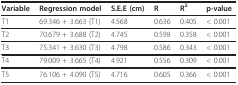
| Variable | Regression model | S.E.E (cm) | R | R2 | p-value |
 | --- | --- | --- | --- | --- | --- |
 | T1 | 69.346 + 3.663 (T1) | 4.568 | 0.636 | 0.405 | < 0.001 |
 | T2 | 70.679 + 3.688 (T2) | 4.745 | 0.598 | 0.358 | < 0.001 |
 | T3 | 75.341 + 3.630 (T3) | 4.798 | 0.586 | 0.343 | < 0.001 |
 | T4 | 79.009 + 3.665 (T4) | 4.921 | 0.556 | 0.309 | < 0.001 |
 | T5 | 76.106 + 4.090 (T5) | 4.716 | 0.605 | 0.366 | < 0.001 |